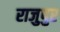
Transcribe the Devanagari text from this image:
राजुपुर